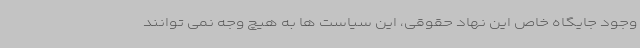
وجود جایگاه خاص این نهاد حقوقی، این سیاست ها به هیچ وجه نمی توانند